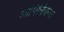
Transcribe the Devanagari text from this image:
ओपिनियन्स